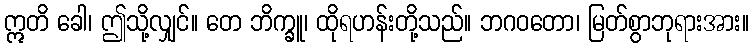
ဣတိ ခေါ၊ ဤသို့လျှင်။ တေ ဘိက္ခူ၊ ထိုရဟန်းတို့သည်။ ဘဂဝတော၊ မြတ်စွာဘုရားအား။